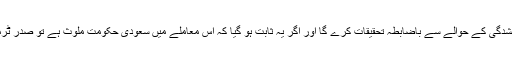
امریکی سینیٹرز کی جانب سے خط تحریر کیے جانے کے بعد اب امریکہ جمال خاشقجی کی گمشدگی کے حوالے سے باضابطہ تحقیقات کرے گا اور اگر یہ ثابت ہو گیا کہ اس معاملے میں سعودی حکومت ملوث ہے تو صدر ٹرمپ کو سعودی عرب پر (گلوبل میگنٹسکی ہیومن رائٹس ایکٹ کے تحت) پابندیاں لگانی ہوں گی۔